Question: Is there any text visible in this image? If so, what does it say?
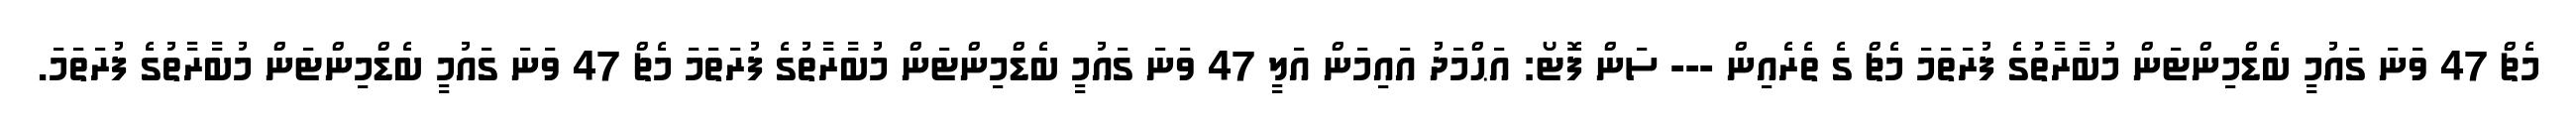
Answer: މެޗް 47 ވަނަ ގައުމީ ބެޑްމިންޓަން މުބާރާތުގެ ފުރަތަމަ މެޗް ގެ ތެރެއިން --- ސަން ފޮޓޯ: އަޙްމަދު އައިމަން އަލީ 47 ވަނަ ގައުމީ ބެޑްމިންޓަން މުބާރާތުގެ ފުރަތަމަ މެޗް 47 ވަނަ ގައުމީ ބެޑްމިންޓަން މުބާރާތުގެ ފުރަތަމަ.